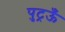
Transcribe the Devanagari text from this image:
पुट्रऊँ